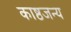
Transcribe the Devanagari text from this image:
काष्ठजन्य